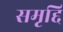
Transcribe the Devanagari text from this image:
समृद्दि